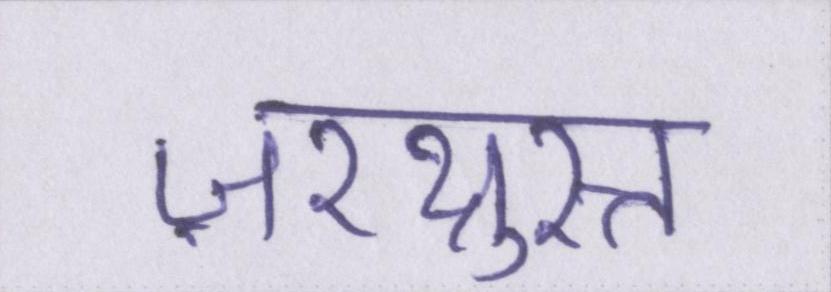
ज़रथ्रुस्त